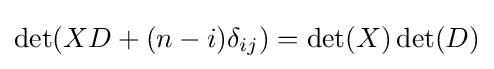
\det(XD+(n-i)\delta _{ij})=\det(X)\det(D)